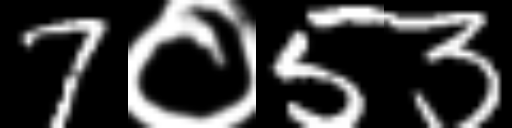
Text: 7०53